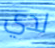
لدي